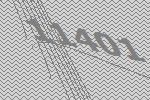
11401